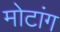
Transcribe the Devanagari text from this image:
मोटांग